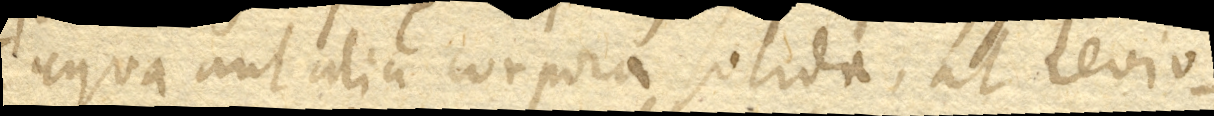
aqua aut alia corpora solida, at levio–